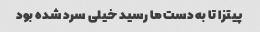
پیتزا تا به دست ما رسید خیلی سرد شده بود